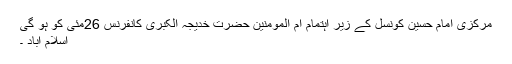
مرکزی امام حسینؓ کونسل کے زیر اہتمام ام المومنین حضرت خدیجہ الکبریٰؓ کانفرنس 26مئی کو ہو گی
اسلام آباد ۔